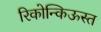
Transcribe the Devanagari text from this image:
रिकोन्किऊस्त